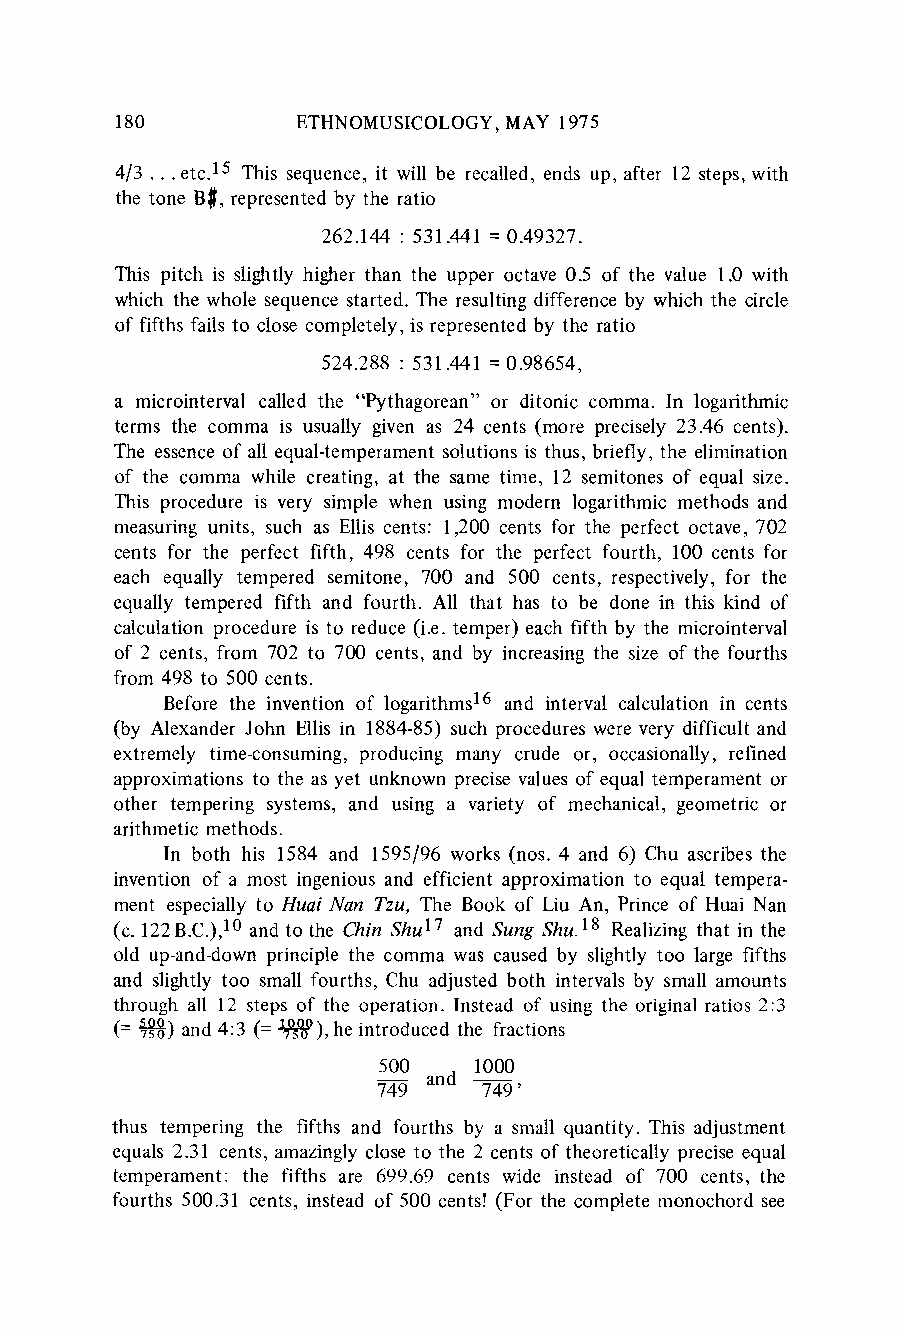
180         ETHNOMUSICOLOGYM, AY 1975
 4/3 . . etc.15 This sequence, it will be recalled, ends up, after 12 steps, with
 the tone B$, representedb y the ratio
 262.144 : 531.441 = 0.49327.
 This pitch is slightly higher than the upper octave 0.5 of the value 1.0 with
 which the whole sequence started. The resulting difference by which the circle
 of fifths fails to close completely, is representedb y the ratio
 524.288 : 531.441 = 0.98654,
 a microinterval called the "Pythagorean"o r ditonic comma. In logarithmic
 terms the comma is usually given as 24 cents (more precisely 23.46 cents).
 The essence of all equal-temperaments olutions is thus, briefly, the elimination
 of the comma while creating, at the same time, 12 semitones of equal size.
 This procedure is very simple when using modern logarithmic methods and
 measuring units, such as Ellis cents: 1,200 cents for the perfect octave, 702
 cents for the perfect fifth, 498 cents for the perfect fourth, 100 cents for
 each equally tempered semitone, 700 and 500 cents, respectively, for the
 equally tempered fifth and fourth. All that has to be done in this kind of
 calculation procedure is to reduce (i.e. temper) each fifth by the microinterval
 of 2 cents, from 702 to 700 cents, and by increasingt he size of the fourths
 from 498 to 500 cents.
 Before the invention of logarithms16 and interval calculation in cents
 (by Alexander John Ellis in 1884-85) such proceduresw ere very difficult and
 extremely time-consuming, producing many crude or, occasionally, refined
 approximationst o the as yet unknown precise values of equal temperamento r
 other tempering systems, and using a variety of mechanical, geometric or
 arithmeticm ethods.
 In both his 1584 and 1595/96 works (nos. 4 and 6) Chu ascribes the
 invention of a most ingenious and efficient approximationt o equal tempera-
 ment especially to Huai Nan Tzu, The Book of Liu An, Prince of Huai Nan
 (c. 122 B.C.),10 and to the Chin Shu17 and Sung Shu.18 Realizing that in the
 old up-and-downp rinciple the comma was caused by slightly too large fifths
 and slightly too small fourths, Chu adjusted both intervals by small amounts
 through all 12 steps of the operation. Instead of using the originalr atios 2:3
 (= 5) and 4:3 (= 19), he introduced the fractions
 500   1000
 749    749'
 thus tempering the fifths and fourths by a small quantity. This adjustment
 equals 2.31 cents, amazinglyc lose to the 2 cents of theoretically precise equal
 temperament: the fifths are 699.69 cents wide instead of 700 cents, the
 fourths 500.31 cents, instead of 500 cents! (For the complete monochord see